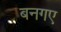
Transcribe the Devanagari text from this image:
बनगए